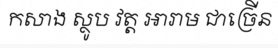
កសាង ស្ថូប វត្ត អារាម ជាច្រើន